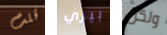
قلت بيزي ولكن